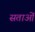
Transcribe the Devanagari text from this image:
सताओं